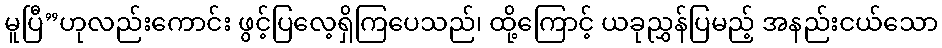
မူပြီ”ဟုလည်းကောင်း ဖွင့်ပြလေ့ရှိကြပေသည်၊ ထို့ကြောင့် ယခုညွှန်ပြမည့် အနည်းငယ်သော